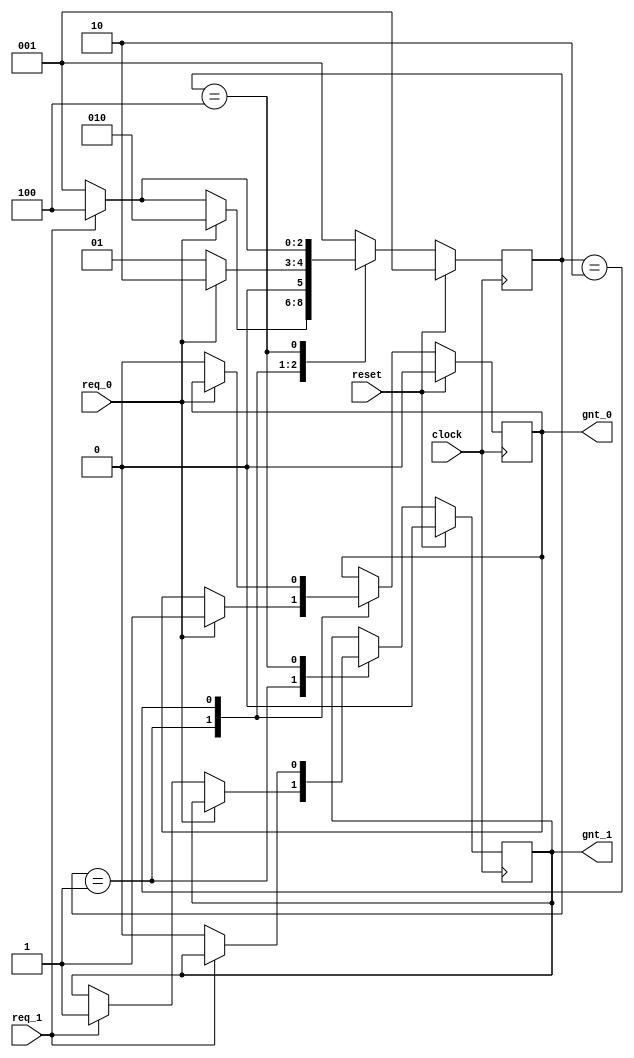
module fsm_using_single_always (
clock      , // clock
reset      , // Active high, syn reset
req_0      , // Request 0
req_1      , // Request 1
gnt_0      , // Grant 0
gnt_1      
);
//=============Input Ports=============================
input   clock,reset,req_0,req_1;
 //=============Output Ports===========================
output  gnt_0,gnt_1;
//=============Input ports Data Type===================
wire    clock,reset,req_0,req_1;
//=============Output Ports Data Type==================
reg     gnt_0,gnt_1;
//=============Internal Constants======================
parameter SIZE = 3           ;
parameter IDLE  = 3'b001,GNT0 = 3'b010,GNT1 = 3'b100 ;
//=============Internal Variables======================
reg   [SIZE-1:0]          state        ;// Seq part of the FSM
reg   [SIZE-1:0]          next_state   ;// combo part of FSM
//==========Code startes Here==========================
always @ (posedge clock)
begin : FSM
if (reset == 1'b1) begin
  state <= #1 IDLE;
  gnt_0 <= 0;
  gnt_1 <= 0;
end else
 case(state)
   IDLE : if (req_0 == 1'b1) begin
                state <= #1 GNT0;
                gnt_0 <= 1;
              end else if (req_1 == 1'b1) begin
                gnt_1 <= 1;
                state <= #1 GNT1;
              end else begin
                state <= #1 IDLE;
              end
   GNT0 : if (req_0 == 1'b1) begin
                state <= #1 GNT0;
              end else begin
                gnt_0 <= 0;
                state <= #1 IDLE;
              end
   GNT1 : if (req_1 == 1'b1) begin
                state <= #1 GNT1;
              end else begin
                gnt_1 <= 0;
                state <= #1 IDLE;
              end
   default : state <= #1 IDLE;
endcase
end

endmodule